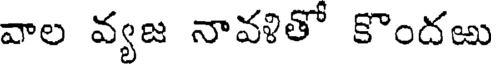
వాల వ్యజ నావళితో కొందఱు